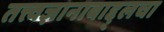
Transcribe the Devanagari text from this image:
तत्त्वज्ञानाबाद्द्लचा